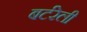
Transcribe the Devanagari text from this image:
बर्टरेली